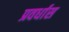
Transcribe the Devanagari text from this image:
प्रवर्धास